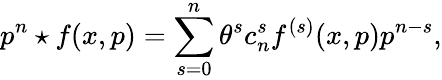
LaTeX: p^{n}\star f(x,p)=\sum_{s=0}^{n}\theta^{s}c_{n}^{s}f^{(s)}(x,p)p^{n-s},